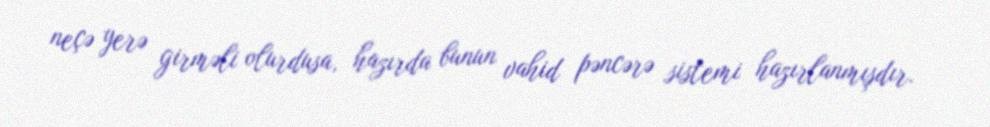
neçə yerə girməli olurdusa, hazırda bunun vahid pəncərə sistemi hazırlanmışdır.